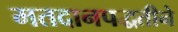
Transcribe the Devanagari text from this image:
मतदानपद्धतीने